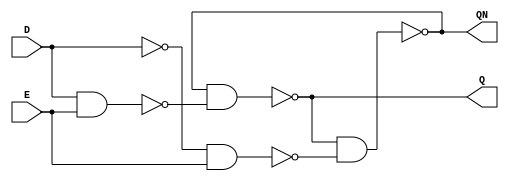
// Models for the embedded FPGA fabric
// LHD1 Latch area 11.76
`timescale 1ns/1ns
module LHD1 (D, E, Q, QN);
	input D;     // global signal 1: configuration, 0: operation
	input E;
	output Q;
	output QN; 

	wire M_set_gate, M_reset_gate;
	wire S_set_gate, S_reset_gate;
	wire M_q, M_qn;
	wire S_q, S_qn;

	// master
	assign M_set_gate = ~(D & E);
	assign M_reset_gate = ~((~D) & E);
	assign M_q = ~(M_qn & M_set_gate);
	assign M_qn = ~(M_q & M_reset_gate);

	assign Q = M_q;
	assign QN = M_qn;

endmodule

module LHQD1 (D, E, Q);
	input D;// global signal 1: configuration, 0: operation
	input E;
	output Q;
        reg Q;
        
        always @(*) begin
           if (E==1'b1) begin
              Q <= D;
           end
        end
endmodule

module LHQD1_old (D, E, Q);
	input D;// global signal 1: configuration, 0: operation
	input E;
	output Q;

	wire M_set_gate;
	wire M_reset_gate;
	wire M_q;
	wire M_qn;

// master
	assign M_set_gate = ~(D & E);
	assign M_reset_gate = ~((~D) & E);
	assign M_q = ~(M_qn & M_set_gate);
	assign M_qn = (M_q & M_reset_gate);

	assign Q = M_q;

endmodule

// (MUX4PTv4) and 1.2ns (MUX16PTv2) in worse case when all select bits=0, so I think they work fine with f=50MHz. 
// The area are HxW = 7um x 9.86um (MUX4) and 7um x 44.72um (MUX16). 
// Please note, the pins are named as IN1, IN2, ..., IN16 for inputs, S1, .., S4 for selects and OUT for output.

module MUX4PTv4 (IN1, IN2, IN3, IN4, S1, S2, O);
	input IN1;
	input IN2;
	input IN3;
	input IN4;
	input S1;
	input S2;
	output O; 
	reg O;
	wire [1:0] SEL;

	assign SEL = {S2,S1};
	always @(*) 
	begin
		case(SEL)
			2'b00:O <= IN1;
			2'b01:O <= IN2;
			2'b10:O <= IN3;
			2'b11:O <= IN4;
			default:O <= 0;
		endcase
	end

endmodule 

module MUX16PTv2 (IN1, IN2, IN3, IN4, IN5, IN6, IN7, IN8, IN9, IN10, IN11, IN12, IN13, IN14, IN15, IN16, S1, S2, S3, S4, O);
	input IN1;
	input IN2;
	input IN3;
	input IN4;
	input IN5;
	input IN6;
	input IN7;
	input IN8;
	input IN9;
	input IN10;
	input IN11;
	input IN12;
	input IN13;
	input IN14;
	input IN15;
	input IN16;
	input S1;
	input S2;
	input S3;
	input S4;
	output O;
	reg O;
	wire [3:0] SEL;

	assign SEL = {S4,S3,S2,S1};
	always @(*)
	begin
		case(SEL)
			4'b0000: O <= IN1;
			4'b0001: O <= IN2;
			4'b0010: O <= IN3;
			4'b0011: O <= IN4;
			4'b0100: O <= IN5;
			4'b0101: O <= IN6;
			4'b0110: O <= IN7;
			4'b0111: O <= IN8;
			4'b1000: O <= IN9;
			4'b1001: O <= IN10;
			4'b1010: O <= IN11;
			4'b1011: O <= IN12;
			4'b1100: O <= IN13;
			4'b1101: O <= IN14;
			4'b1110: O <= IN15;
			4'b1111: O <= IN16;
			default: O <= 0;
		endcase
	end

endmodule